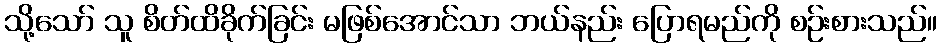
သို့သော် သူ စိတ်ထိခိုက်ခြင်း မဖြစ်အောင်သာ ဘယ်နည်း ပြောရမည်ကို စဉ်းစားသည်။